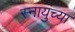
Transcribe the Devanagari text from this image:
स्नायुंच्या